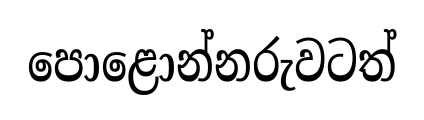
පොළොන්නරුවටත්